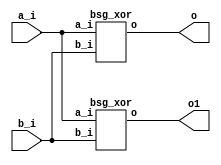


module top
(
  a_i,
  b_i,
  o,
  o1 // added for decompiling
);

  input [15:0] a_i;
  input [15:0] b_i;
  output [15:0] o;
  output [15:0] o1; // added for decompiling

  bsg_xor
  wrapper
  (
    .a_i(a_i),
    .b_i(b_i),
    .o(o)
  );

  bsg_xor
  wrapper1
  (
    .a_i(a_i),
    .b_i(b_i), 
    .o(o1) // added for decompiling
  );


endmodule



module bsg_xor
(
  a_i,
  b_i,
  o
);

  input [15:0] a_i;
  input [15:0] b_i;
  output [15:0] o;
  wire [15:0] o;
  assign o[15] = a_i[15] ^ b_i[15];
  assign o[14] = a_i[14] ^ b_i[14];
  assign o[13] = a_i[13] ^ b_i[13];
  assign o[12] = a_i[12] ^ b_i[12];
  assign o[11] = a_i[11] ^ b_i[11];
  assign o[10] = a_i[10] ^ b_i[10];
  assign o[9] = a_i[9] ^ b_i[9];
  assign o[8] = a_i[8] ^ b_i[8];
  assign o[7] = a_i[7] ^ b_i[7];
  assign o[6] = a_i[6] ^ b_i[6];
  assign o[5] = a_i[5] ^ b_i[5];
  assign o[4] = a_i[4] ^ b_i[4];
  assign o[3] = a_i[3] ^ b_i[3];
  assign o[2] = a_i[2] ^ b_i[2];
  assign o[1] = a_i[1] ^ b_i[1];
  assign o[0] = a_i[0] ^ b_i[0];

endmodule